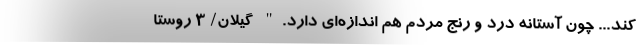
کند... چون آستانه درد و رنج مردم هم اندازه‌ای دارد." گیلان/ 3 روستا